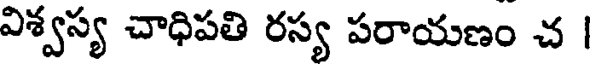
విశ్వస్య చాధిపతి రస్య పరాయణం చ